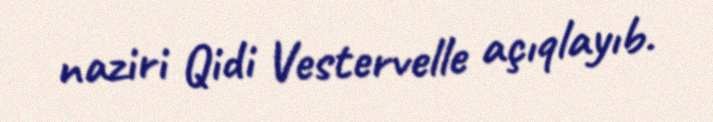
naziri Qidi Vestervelle açıqlayıb.